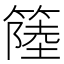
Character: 𥲎